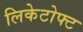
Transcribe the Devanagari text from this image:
लिकेटोफ्ट